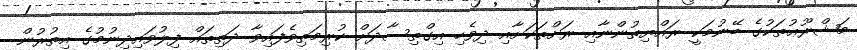
މަޝްރޫޢުތަކުގެ ބޭނުމަކީ ރައްޔިތުންނާއި ރަށްތަކަށާއި ދިވެހި އިގްތިސާދަށް ކުރިމަތިވެފައިވާ ދަތިތައް ފިލުވައިދިނުމުގެ އިތުރުން